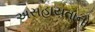
અસહાયતાનો